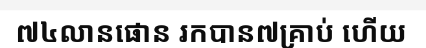
៧៤លានផោន រកបាន៧គ្រាប់ ហើយ